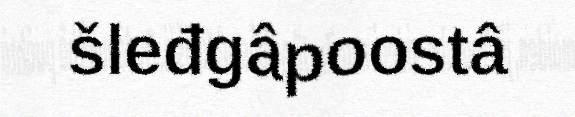
šleđgâpoostâ